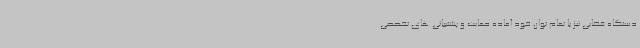
دستگاه قضایی نیز با تمام توان خود آماده حمایت و پشتیبانی های تخصصی